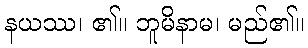
နယဿ၊ ၏။ ဘူမိနာမ၊ မည်၏။